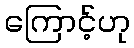
ကြောင့်ဟု